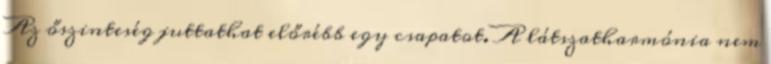
Az őszinteség juttathat előrébb egy csapatot. A látszatharmónia nem